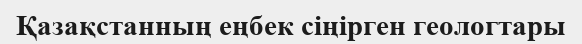
Қазақстанның еңбек сіңірген геологтары